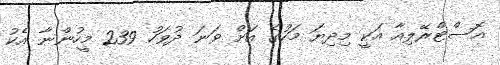
އޮސްޓްރޭލިއާ އަކީ މިދިޔަ މަހުގެ އަށް ވަނަ ދުވަހު 239 މީހުންނާ އެކު